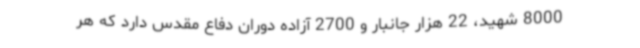
8000 شهید، 22 هزار جانبار و 2700 آزاده دوران دفاع مقدس دارد که هر